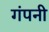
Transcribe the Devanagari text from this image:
गंपनी